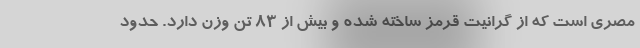
مصری است که از گرانیت قرمز ساخته شده و بیش از ۸۳ تن وزن دارد. حدود